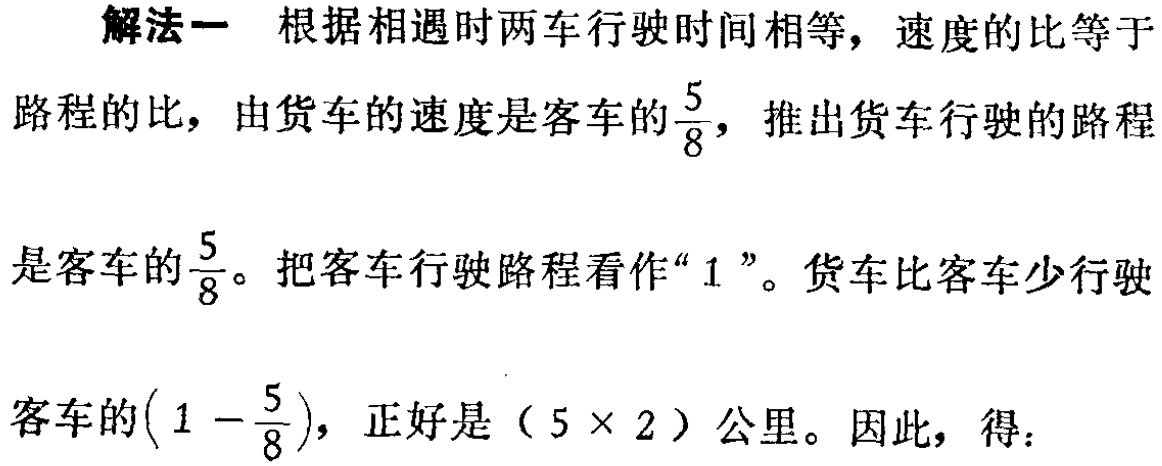
解法一 根据相遇时两车行驶时间相等，速度的比等于

路程的比，由货车的速度是客车的$\frac{5}{8}$，推出货车行驶的路程

是客车的$\frac{5}{8}$。把客车行驶路程看作“$1$”。货车比客车少行驶

客车的$(1 - \frac{5}{8})$，正好是（$5×2$）公里。因此，得：